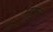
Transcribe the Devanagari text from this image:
मगुर